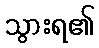
သွားရ၏